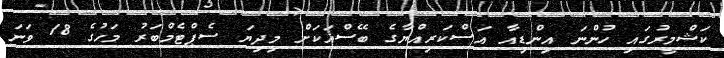
ކަޝްމީރުގައި ހުންނަ އިންޑިއާ އަސްކަރިއްޔާގެ ބޭސްއަކަށް މިދިޔަ ސެޕްޓެމްބަރު މަހުގެ 18 ވަނަ